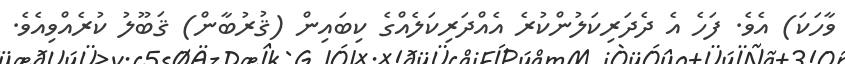
ވާހަކަ) އެވެ. ފަހެ އެ ދެދަރިކަލުންކުރެ އެއްދަރިކަލެއްގެ ކިބައިން (ޤުރުބާން) ޤަބޫލު ކުރެއްވިއެވެ.